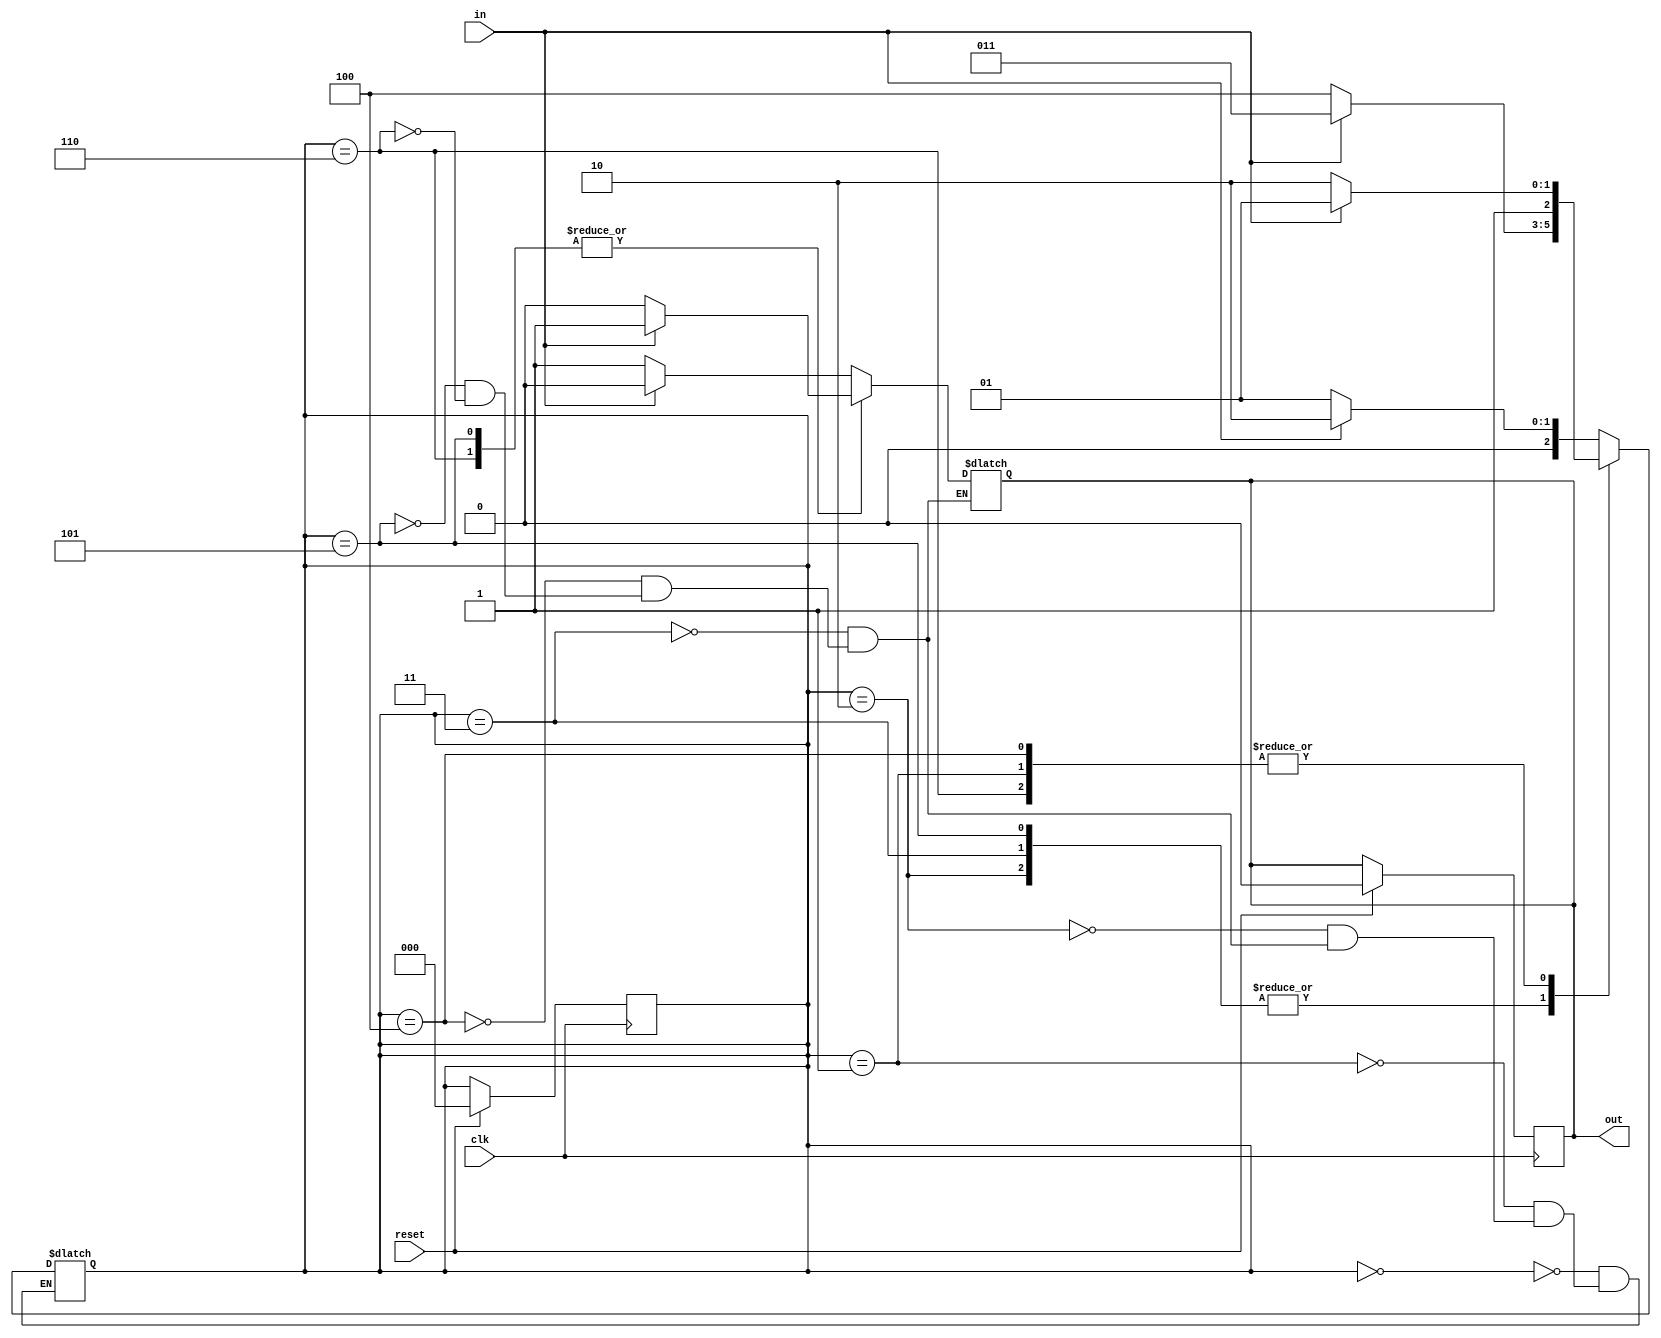
module q2 (clk, reset, in, out);

    input clk, reset, in;
    output out;
    reg out;
    reg [2:0] state;
    reg [2:0] next_state;

    initial begin
        state = 0;
        next_state = 0;
        out = 0;
    end

    always @(posedge clk) begin
        if (reset) begin
            state = 0;
            next_state = 0;
            out = 0;
        end
        else begin
            state = next_state;
        end
    end

    always @(*) begin
        case (state)
            0: begin
                if (in) next_state = 2;
                else next_state = 1;
            end
            1: begin
                if (in) next_state = 5;
                else next_state = 6;
            end
            2: begin
                if (in) next_state = 3;
                else next_state = 4;
            end
            3: begin
                if (in) begin 
                    out = 0;
                    next_state = 3;
                end
                else begin
                    out = 1;
                    next_state = 4;
                end
            end
            4: begin
                if (in) begin
                    out = 0;
                    next_state = 5;
                end
                else begin
                    out = 1;
                    next_state = 6;
                end
            end
            5: begin
                if (in) begin 
                    out = 1;
                    next_state = 3;
                end
                else begin
                    out = 0;
                    next_state = 4;
                end
            end
            6: begin
                if (in) begin
                    out = 1;
                    next_state = 5;
                end
                else begin
                    out = 0;
                    next_state = 6;
                end
            end
        endcase
    end
    
endmodule